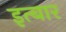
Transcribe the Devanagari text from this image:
इत्बार